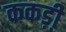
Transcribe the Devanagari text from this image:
ककड़ी़